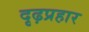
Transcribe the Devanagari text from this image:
दृढ़प्रहार